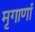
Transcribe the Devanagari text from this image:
मृगाणां